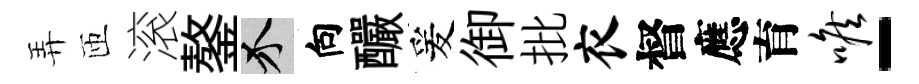
弄匝滚鏊介向釅爰御批衣督應育喉-